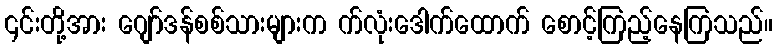
၎င်းတို့အား ဂျော်ဒန်စစ်သားများက က်လုံးဒေါက်ထောက် စောင့်ကြည့်နေကြသည်။